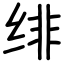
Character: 绯